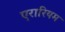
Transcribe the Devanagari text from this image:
एरारियम